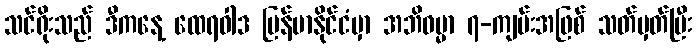
သင်ရိုးသည် ဒီကနေ့ ထေရဝါဒ မြန်မာနိုင်ငံမှာ အဘိဓမ္မာ ၇-ကျမ်းအဖြစ် သတ်မှတ်ပြီး